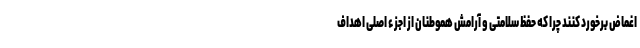
اغماض برخورد کنند چرا که حفظ سلامتی و آرامش هموطنان از اجزء اصلی اهداف